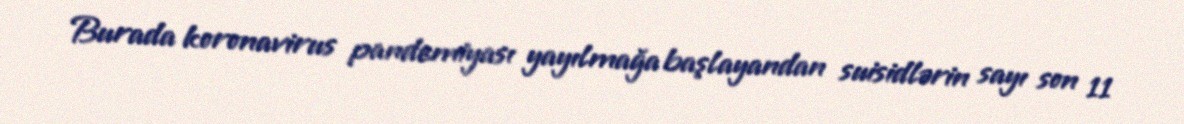
Burada koronavirus pandemiyası yayılmağa başlayandan suisidlərin sayı son 11